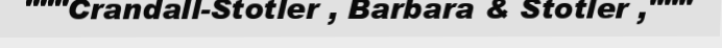
"""Crandall-Stotler , Barbara & Stotler ,"""